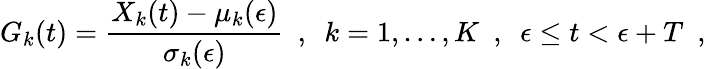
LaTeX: G_{k}(t)=\frac{X_{k}(t)-\mu_{k}(\epsilon)}{\sigma_{k}(\epsilon)}~~,~~k=1,\dots,K~~,~~\epsilon\leq t<\epsilon+T~~,